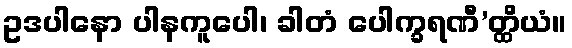
ဥဒပါနော ပါနကူပေါ၊ ခါတံ ပေါက္ခရဏီ’တ္ထိယံ။